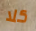
كلا